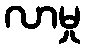
လာမှု